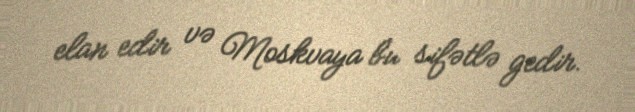
elan edir və Moskvaya bu sifətlə gedir.